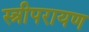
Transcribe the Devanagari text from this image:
स्त्रीपरायण